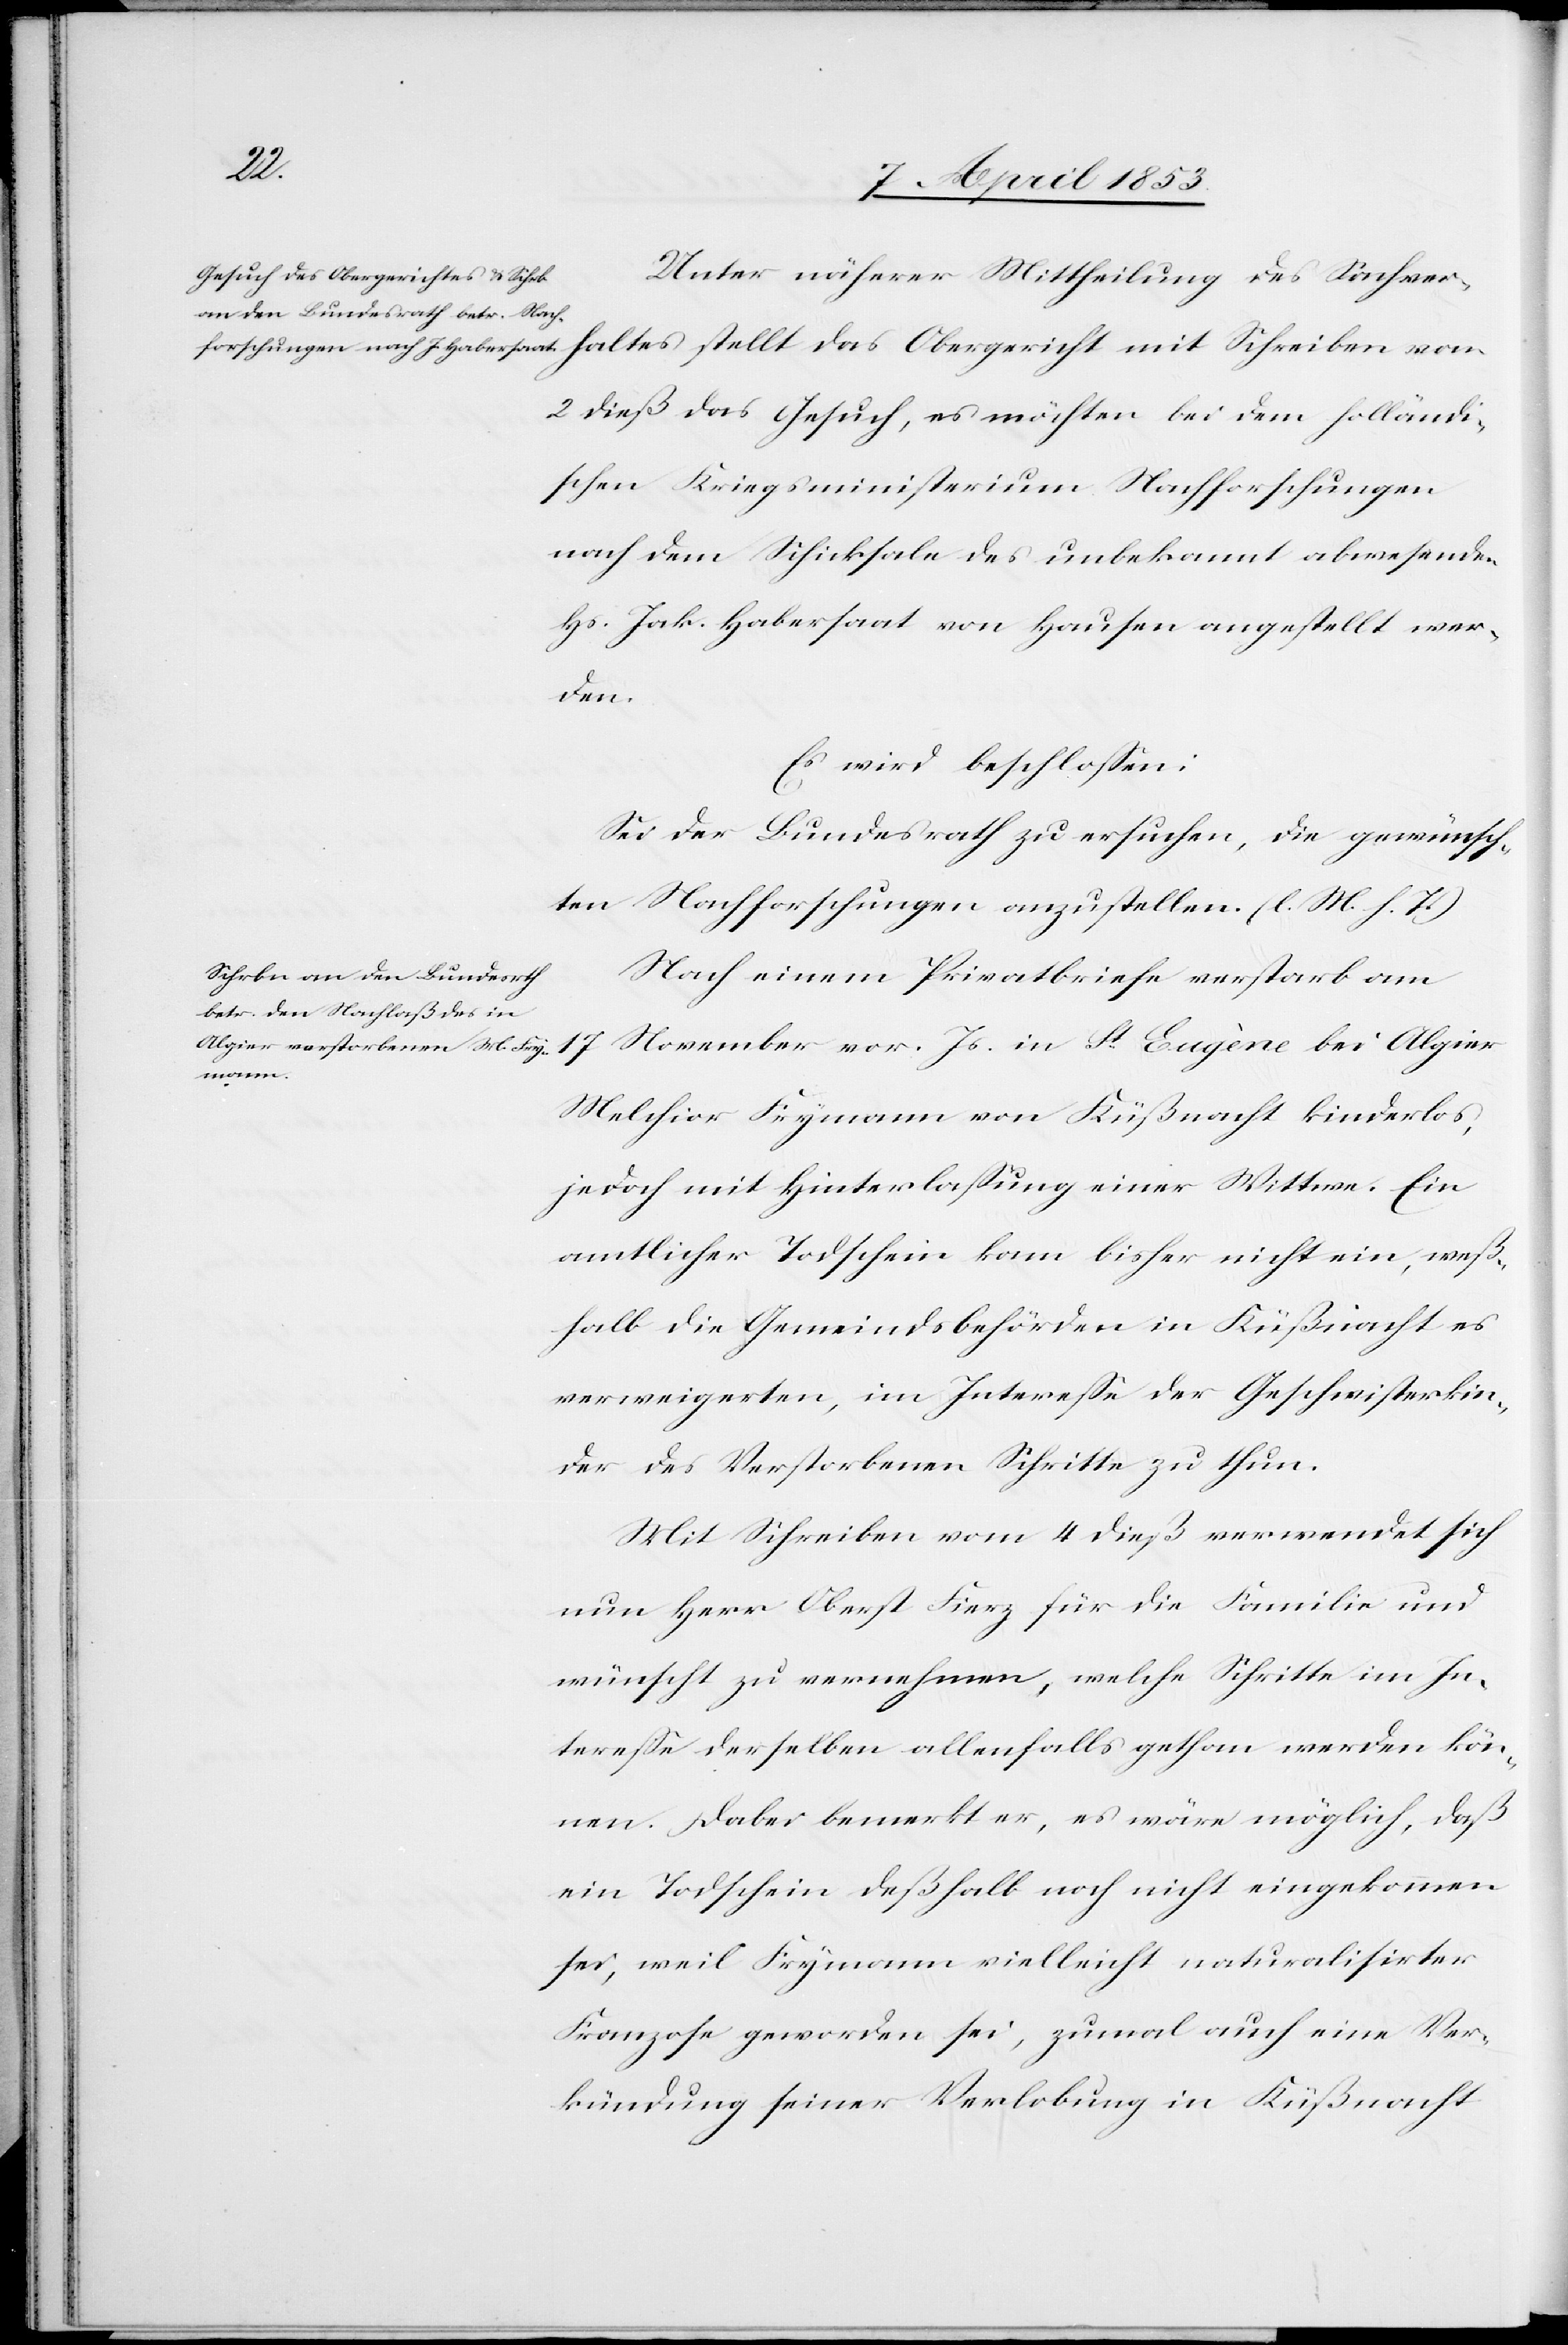
Unter näherer Mittheilung des Sachver¬
haltes stellt das Obergericht mit Schreiben vom
2 dieß das Gesuch, es müßten bei dem holländi¬
schen Kriegsministerium Nachforschungen
nach dem Schicksale des unbekannt abwesenden
Hs. Jak. Habersaat von Hausen angestellt wer¬
den.
Es wird beschloßen:
Sei der Bundesrath zu ersuchen, die gewünsch¬
ten Nachforschungen anzustellen. [l. M. h. T]
Nach einem Privatbriefe verstarb am
Melchior Frymann von Küßnacht kinderlos,
jedoch mit Hinterlaßung einer Wittwe. Ein
amtlicher Todschein kam bisher nicht ein, weß¬
halb die Gemeindsbehörden in Küßnacht es
verweigerten, im Intereße der Geschwisterkin¬
der des Verstorbenen Schritte zu thun.
Mit Schreiben vom 4 dieß verwendet sich
nun Herr Oberst Fierz für die Familie und
wünscht zu vernehmen, welche Schritte im In¬
tereße derselben allenfalls gethan werden kön¬
nen. Dabei bemerkt er, es wäre möglich, daß
ein Todschein deßhalb noch nicht eingekommen
sei, weil Frymann vielleicht naturalisirter
Franzose geworden sei, zumal auch eine Ver¬
kündung seiner Verlobung in Küßnacht